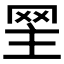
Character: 𦊝